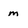
Character: m